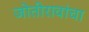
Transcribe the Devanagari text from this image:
जोतीरावांचा